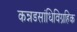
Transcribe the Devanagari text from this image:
कन्नडसांधिविग्रहिक